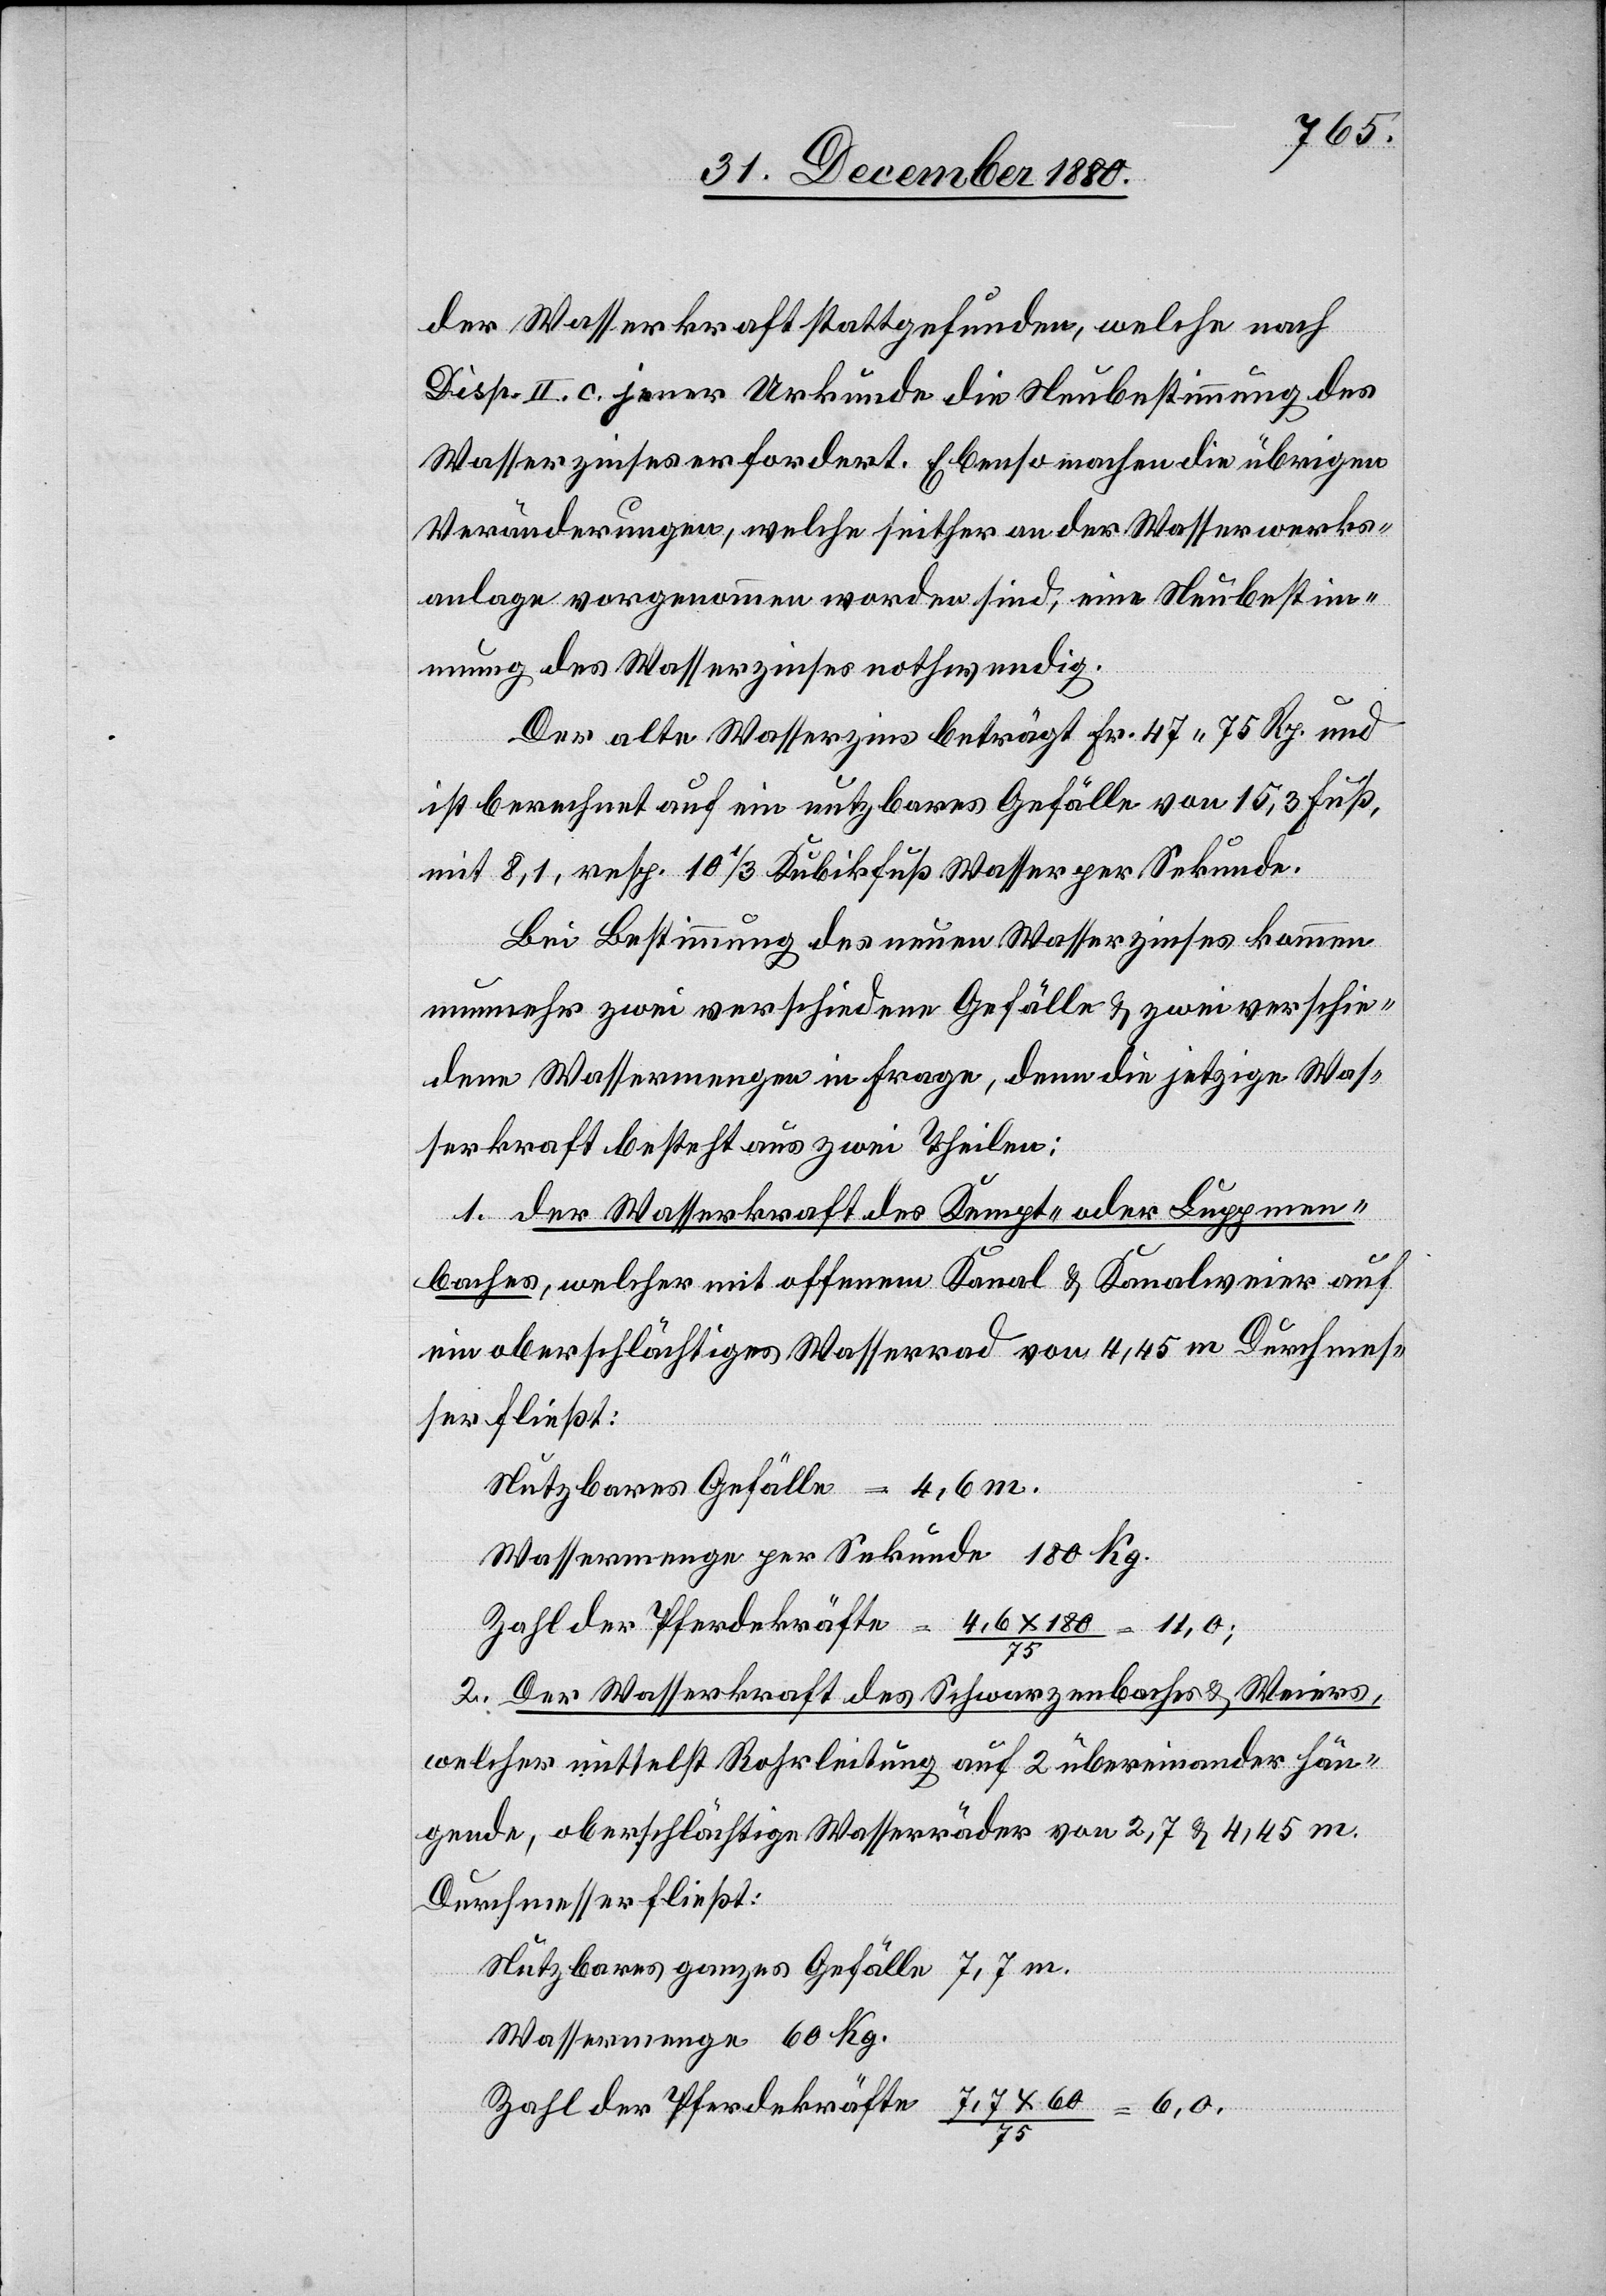
der Wasserkraft stattgefunden, welche nach
Disp. II. c. jener Urkunde die Neubestimmung des
Wasserzinses erfordert. Ebenso machen die übrigen
Veränderungen, welche seither an der Wasserwerks¬
anlage vorgenommen worden sind, eine Neubestim¬
mung des Wasserzinses nothwendig.
Der alte Wasserzins beträgt Fr. 47 75 Rp. und
ist berechnet auf ein nutzbares Gefälle von 15,3 Fuß,
mit 8,1, resp. 10 1/3 Kubikfuß Wasser per Sekunde.
Bei Bestimmung des neuen Wasserzinses kommen
nunmehr zwei verschiedene Gefälle & zwei verschie¬
dene Wassermengen in Frage, denn die jetzige Was¬
serkraft besteht aus zwei Theilen:
1. der Wasserkraft des Kempt- oder Luppmen¬
baches, welcher mit offenem Kanal & Kanalweiser auf
ein oberschlächtiges Wasserrad von 4,45 m Durchmes¬
ser schließt:
Nutzbares Gefälle 7,7 m.
Wassermenge per Sekunde 180 Kg.
Zahl der Pferdekräfte = 4,6 x 180/75 = 11,0;
2. Der Wasserkraft des Schwarzenbaches & Weiers,
welcher mittelst Rohrleitung auf 2 übereinander hän¬
gende, oberschlächtige Wasserräder von 2,7 & 4,45 m
Durchmesser fließt:
Wassermenge 60 Kg.
Zahl der Pferdekräfte 7,7 x 60/75 = 6,0.